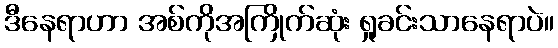
ဒီနေရာဟာ အစ်ကိုအကြိုက်ဆုံး ရှုခင်းသာနေရာပဲ။